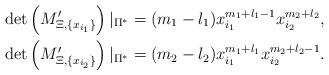
LaTeX: \begin{align*}\det \left(M'_{\Xi, \{x_{i_1}\}} \right)|_{\Pi^*} &= (m_1-l_1) x_{i_1}^{m_1+l_1-1} x_{i_2}^{m_2+l_2}, \\\det \left(M'_{\Xi, \{x_{i_2}\}} \right)|_{\Pi^*} &= (m_2-l_2) x_{i_1}^{m_1+l_1} x_{i_2}^{m_2+l_2-1}.\end{align*}